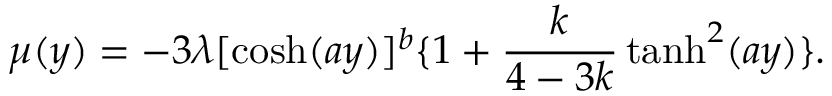
\mu ( y ) = - 3 \lambda [ \cosh ( a y ) ] ^ { b } \{ 1 + \frac { k } { 4 - 3 k } \operatorname { t a n h } ^ { 2 } ( a y ) \} .